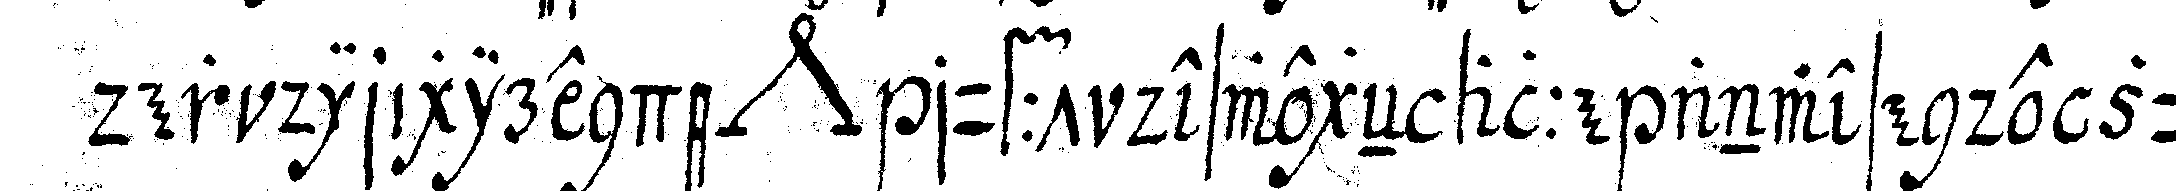
der dirigirende *nee* rufft deswegeN alle anwesende zu